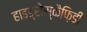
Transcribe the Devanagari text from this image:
हाइड्रोस्कैफ़िडी